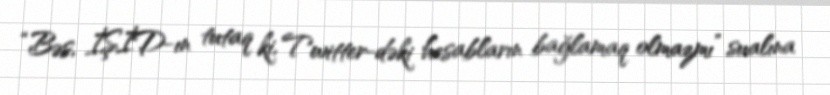
“Bəs, İŞİD-ın tutaq ki, Twitter-dəki hesabların bağlamaq olmazmı” sualına